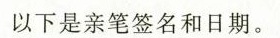
以下是亲笔签名和日期。